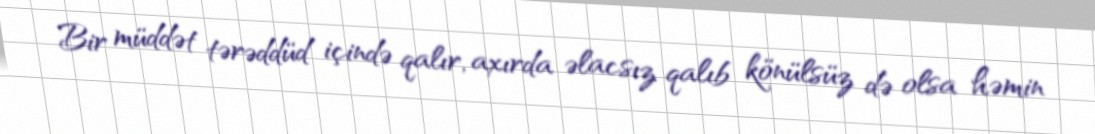
Bir müddət tərəddüd içində qalır, axırda əlacsız qalıb könülsüz də olsa həmin